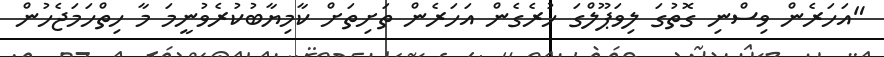
"އަހަރެން ވިސްނި ގޮތުގަ ލިވަޕޫލްގަ ހުރެގެން އަހަރެން ތަށިތަށް ކާމިޔާބުކުރެވުނީމަ މާ ހިތްހަމަޖެހުން